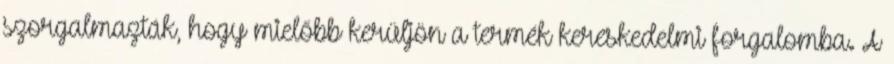
szorgalmazták, hogy mielőbb kerüljön a termék kereskedelmi forgalomba. A